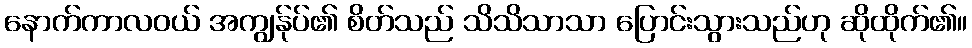
နောက်ကာလဝယ် အကျွန်ုပ်၏ စိတ်သည် သိသိသာသာ ပြောင်းသွားသည်ဟု ဆိုထိုက်၏။